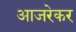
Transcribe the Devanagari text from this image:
आजरेकर